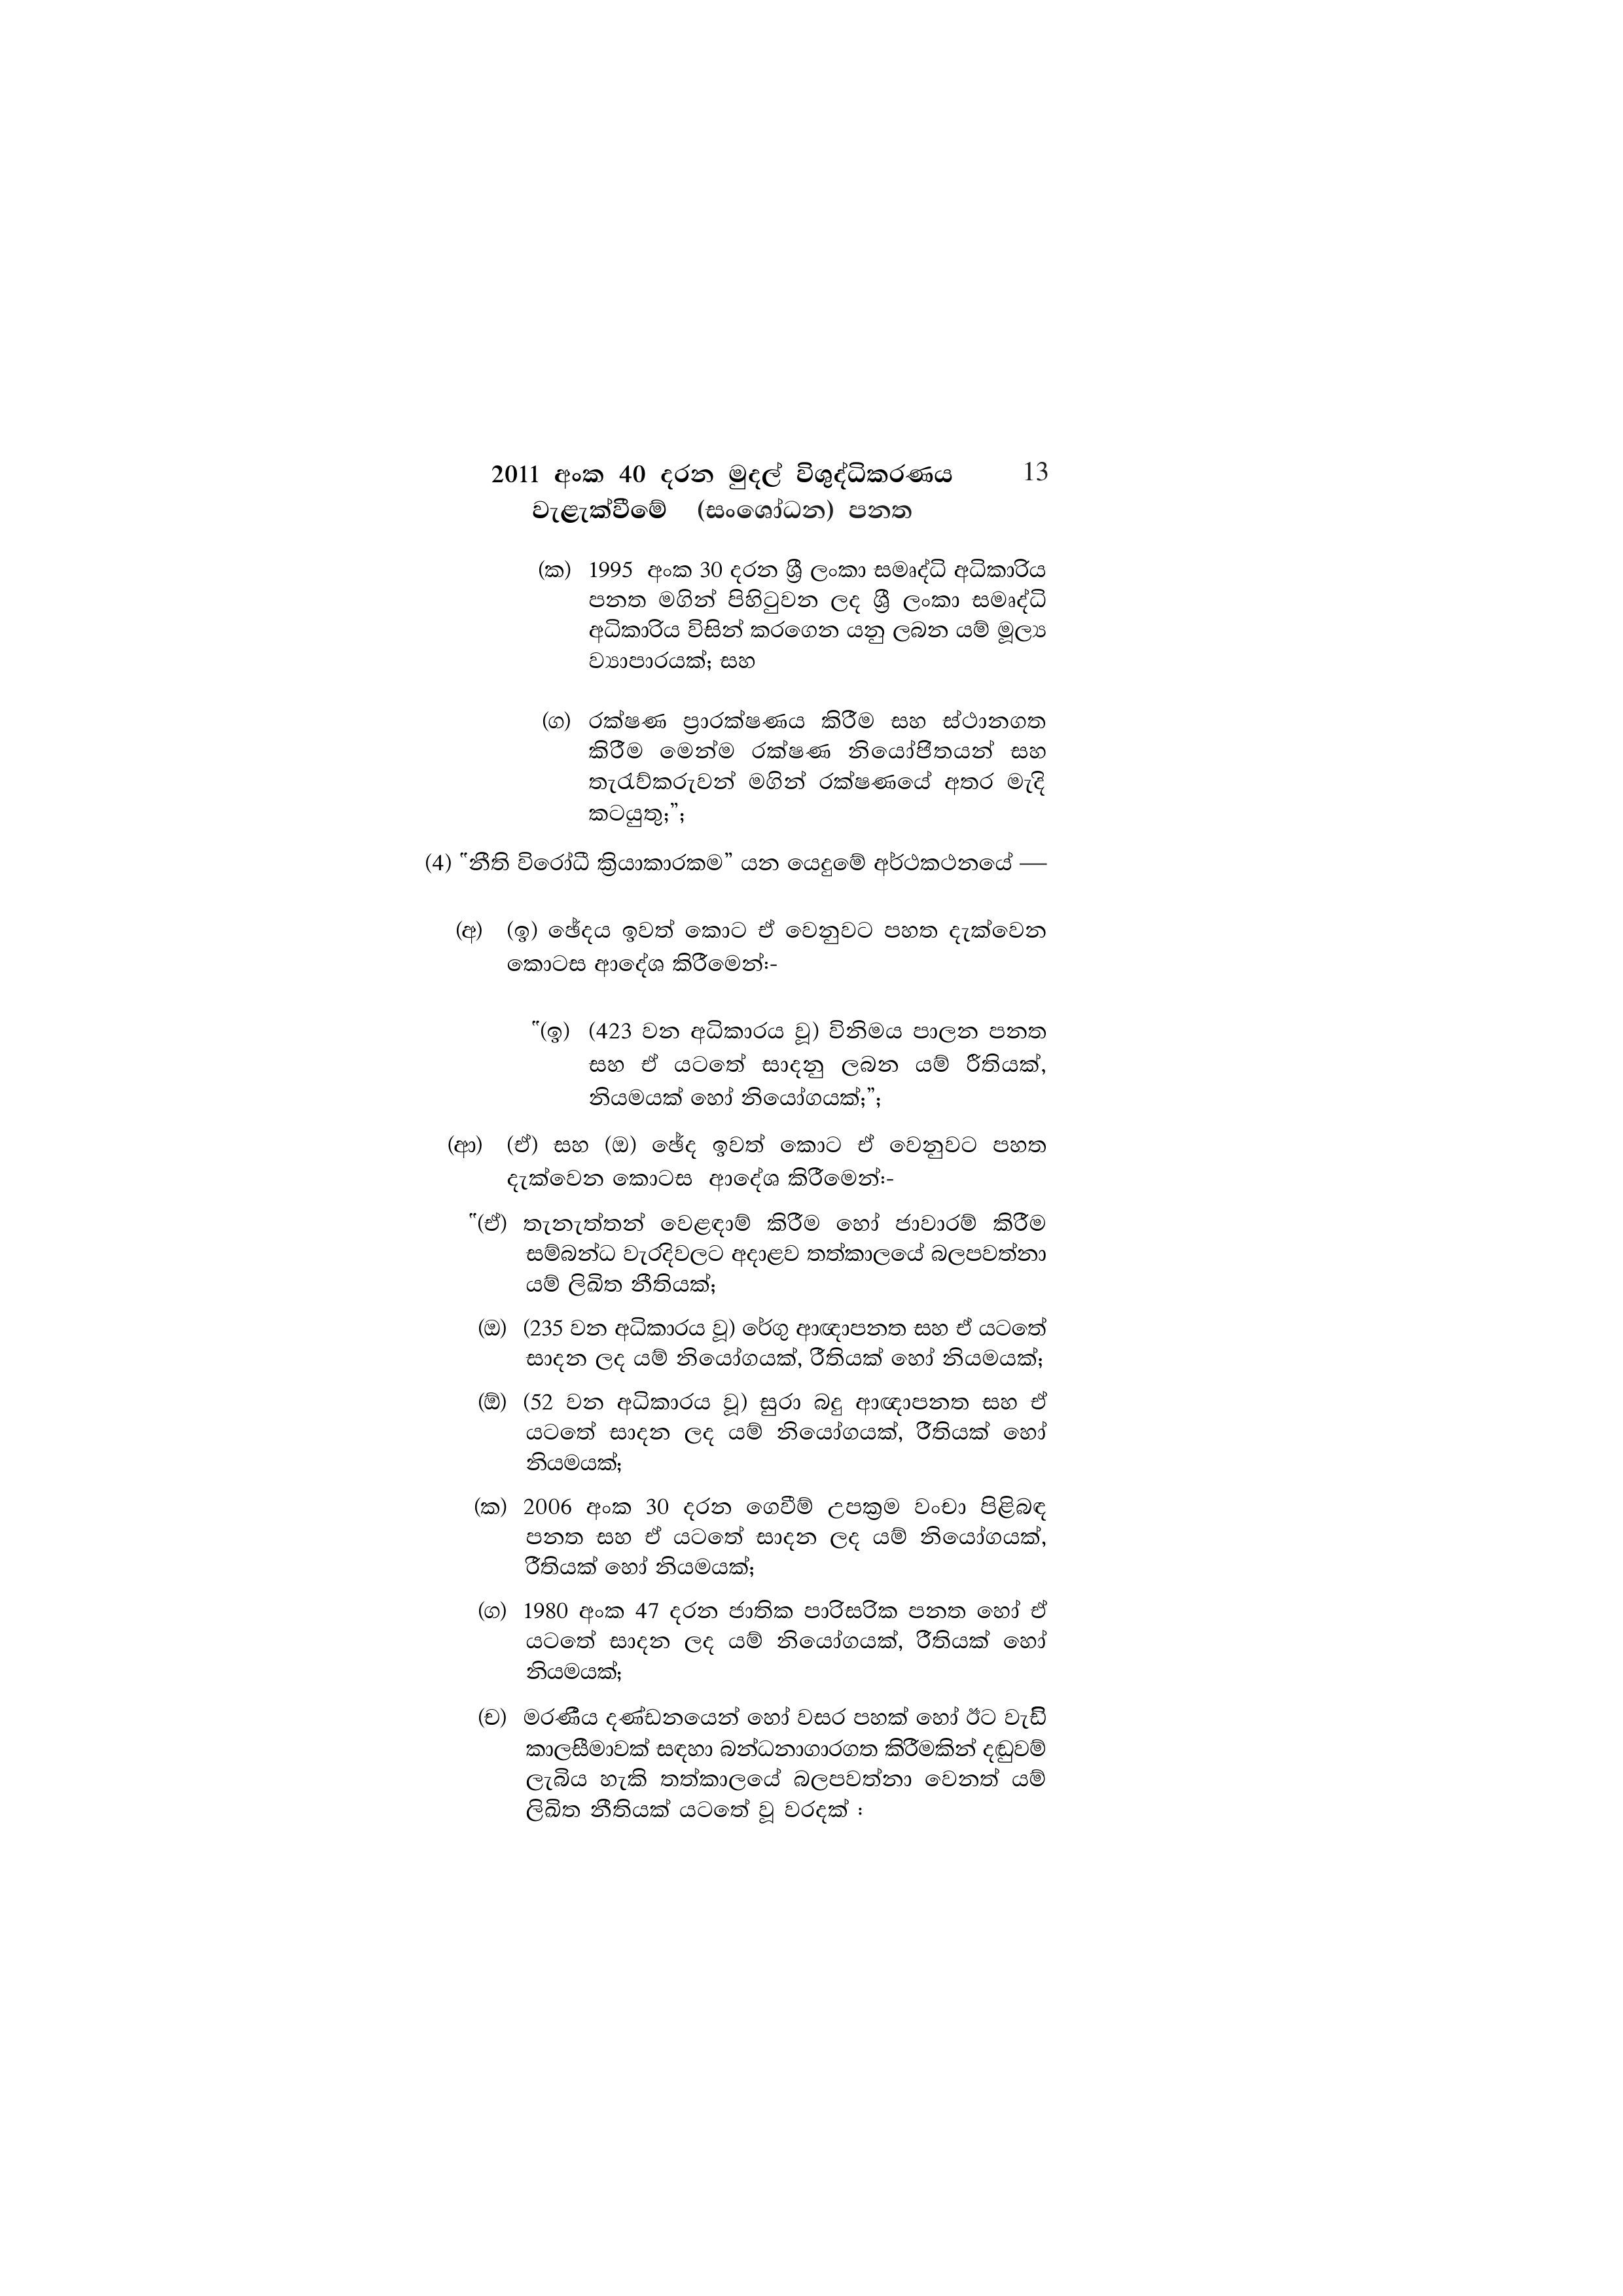
2011 අංක 40 දරන මුදල් විශුද්ධිකරණය 13
වැළැක්වීමේ (සංශෝධන) පනත

(ක) 1995 අංක 30 දරන ශ්‍රී ලංකා සමෘද්ධි අධිකාරිය
පනත මගින් පිහිටුවන ලද ශ්‍රී ලංකා සමෘද්ධි
අධිකාරිය විසින් කරගෙන යනු ලබන යම් මූල්‍ය
ව්‍යාපාරයක්; සහ

(ග) රක්ෂණ ප්‍රාරක්ෂණය කිරීම සහ ස්ථානගත
කිරීම මෙන්ම රක්ෂණ නියෝජිතයන් සහ
තැරැව්කරුවන් මගින් රක්ෂණයේ අතර මැදි
කටයුතු;";

(4) "නීති විරෝධී ක්‍රියාකාරකම” යන යෙදුමේ අර්ථකථනයේ -

(අ) (ඉ) ඡේදය ඉවත් කොට ඒ වෙනුවට පහත දැක්වෙන
කොටස ආදේශ කිරීමෙන්:-

"(ඉ) (423 වන අධිකාරය වූ) විනිමය පාලන පනත
සහ ඒ යටතේ සාදනු ලබන යම් රීතියක්,
නියමයක් හෝ නියෝගයක්;";

(ආ) (ඒ) සහ (ඔ) ඡේද ඉවත් කොට ඒ වෙනුවට පහත
දැක්වෙන කොටස ආදේශ කිරීමෙන්:-

"(ඒ) තැනැත්තන් වෙළඳාම් කිරීම හෝ ජාවාරම් කිරීම
සම්බන්ධ වැරදිවලට අදාළව තත්කාලයේ බලපවත්නා
යම් ලිඛිත නීතියක්;

(ඔ) (235 වන අධිකාරය වූ) රේගු ආඥාපනත සහ ඒ යටතේ
සාදන ලද යම් නියෝගයක්, රීතියක් හෝ නියමයක්;

(ඕ) (52 වන අධිකාරය වූ) සුරා බදු ආඥාපනත සහ ඒ
යටතේ සාදන ලද යම් නියෝගයක්, රීතියක් හෝ
නියමයක්;

(ක) 2006 අංක 30 දරන ගෙවීම් උපක්‍රම වංචා පිළිබඳ
පනත සහ ඒ යටතේ සාදන ලද යම් නියෝගයක්,
රීතියක් හෝ නියමයක්;

(ග) 1980 අංක 47 දරන ජාතික පාරිසරික පනත හෝ ඒ
යටතේ සාදන ලද යම් නියෝගයක්, රීතියක් හෝ
නියමයක්;

(ච) මරණීය දණ්ඩනයෙන් හෝ වසර පහක් හෝ ඊට වැඩි
කාලසීමාවක් සඳහා බන්ධනාගාරගත කිරීමකින් දඬුවම්
ලැබිය හැකි තත්කාලයේ බලපවත්නා වෙනත් යම්
ලිඛිත නීතියක් යටතේ වූ වරදක් :